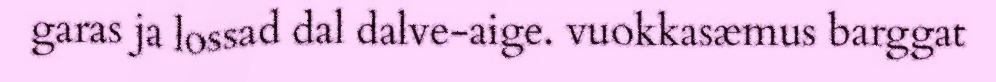
garas ja lossad dal dalve-aige. vuokkasæmus barggat